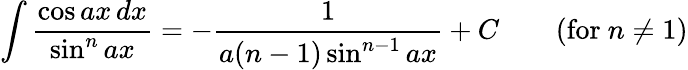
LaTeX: \int{\frac{\cos ax\, dx}{\sin^{n}ax}}=-{\frac{1}{a(n-1)\sin^{n-1}ax}}+C\qquad{\mathrm{(for~}}n\neq 1{\mathrm{)}}